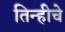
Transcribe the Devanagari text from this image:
तिन्हीचे